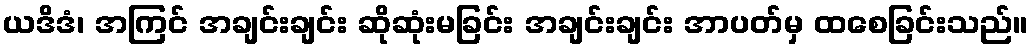
ယဒိဒံ၊ အကြင် အချင်းချင်း ဆိုဆုံးမခြင်း အချင်းချင်း အာပတ်မှ ထစေခြင်းသည်။